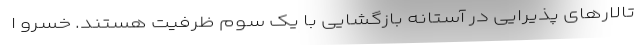
تالارهای پذیرایی در آستانه بازگشایی با یک سوم ظرفیت هستند. خسرو ا